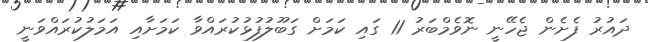
ދައުރު ފެށެން ޖެހޭނީ ނޮވެމްބަރު 11 ގައި ކަމަށް ގަބޫލުފުޅުކުރައްވާ ކަމަށާއި އަމަލުކުރައްވަނީ